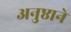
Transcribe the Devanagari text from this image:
अनुष्ठाने